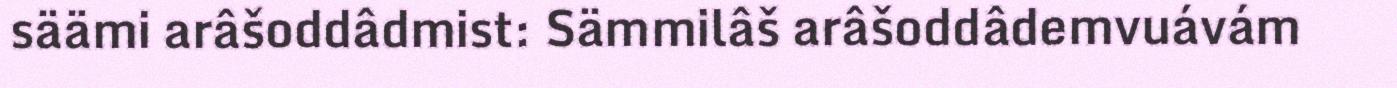
säämi arâšoddâdmist: Sämmilâš arâšoddâdemvuávám